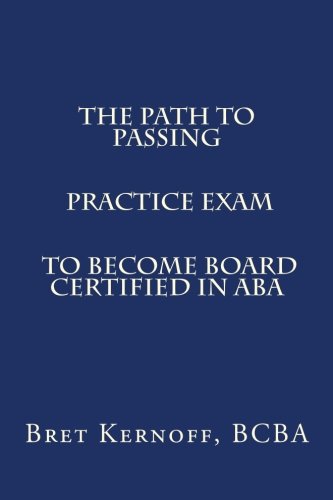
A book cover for The Path to Passing PRACTICE EXAM to Become Board-Certified in ABA; Bret Kernoff BCBA; Medical Books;